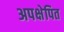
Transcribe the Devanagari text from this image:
अपक्षेपित